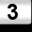
Digit: 3